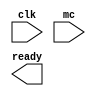
`timescale 1ns / 1ps
//////////////////////////////////////////////////////////////////////////////////
// Company: 
// Engineer: 
// 
// Design Name: 
// Module Name: readyOn
// Project Name: 
// Target Devices: 
// Tool Versions: 
// Description: 
// 
// Dependencies: 
// 
// Revision:
// Revision 0.01 - File Created
// Additional Comments:
// 
//////////////////////////////////////////////////////////////////////////////////


module readyOn(
    input clk, mc,
    output ready
    );
    
    
endmodule